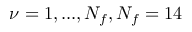
\nu = 1 , . . . , N _ { f } , N _ { f } = 1 4